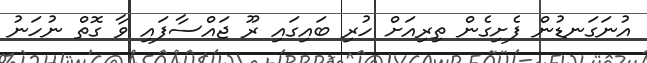
އުނަގަނޑުން ފެށިގެން ތިރިއަށް ހުރި ބައިގައި ރޫ ޖައްސާފައި ވާ ގޮތް ނުހަނު